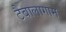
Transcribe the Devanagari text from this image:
टैबालागाम